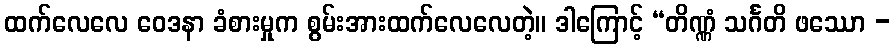
ထက်လေလေ ဝေဒနာ ခံစားမှုက စွမ်းအားထက်လေလေတဲ့။ ဒါကြောင့် “တိဏ္ဏံ သင်္ဂတိ ဖဿော -